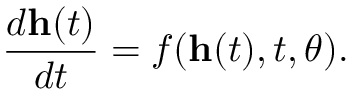
\frac { d \mathbf { h } ( t ) } { d t } = f ( \mathbf { h } ( t ) , t , \theta ) .